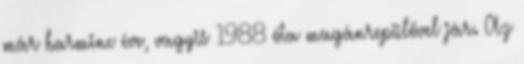
már harminc éve, vagyis 1988 óta magánrepülővel jár. Az